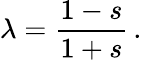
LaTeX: \lambda=\frac{1-s}{1+s}\, .